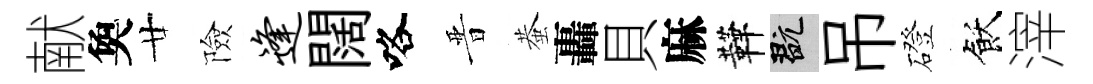
献奐廿險逢闊咯晋蛬轟貝麻鞾玩吊磴飫滓